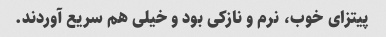
پیتزای خوب، نرم و نازکی بود و خیلی هم سریع آوردند.